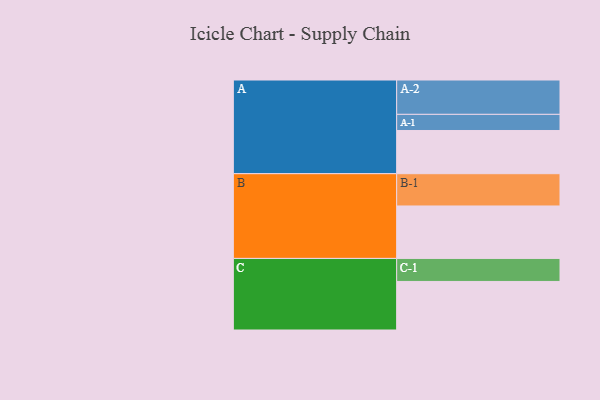
{"axis": {"x": "Segment", "y": "Value"}, "legend": ["", "A", "B", "C"], "data": [{"x": "A", "y": 332, "type": ""}, {"x": "B", "y": 403, "type": ""}, {"x": "C", "y": 373, "type": ""}, {"x": "A-1", "y": 124, "type": "A"}, {"x": "A-2", "y": 264, "type": "A"}, {"x": "B-1", "y": 248, "type": "B"}, {"x": "C-1", "y": 177, "type": "C"}]}